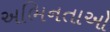
અભિનતાઓ